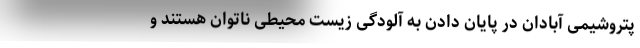
پتروشیمی آبادان در پایان دادن به آلودگی زیست محیطی ناتوان هستند و